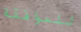
للموافقة